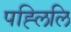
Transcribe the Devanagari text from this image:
पह्लिलि